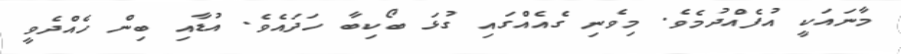
މާނައަކީ އުފެއްދުމެވެ. މިވެނި ގެއެއްގައި ގުޅަ ބޯކިބާ ހަދައެވެ. އުޑާއި ބިން ހެއްދެވީ